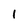
Character: 1